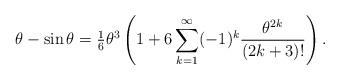
LaTeX: \begin{align*}\theta-\sin\theta=\tfrac16\theta^3\left(1+6\sum_{k=1}^\infty (-1)^k\frac{\theta^{2k}}{(2k+3)!}\right).\end{align*}